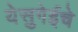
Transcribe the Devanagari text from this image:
येसुगेईचे